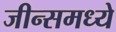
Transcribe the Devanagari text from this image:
जीन्समध्ये